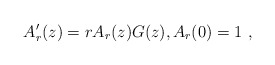
\begin{align*}A'_r(z) = r A_r(z)G(z), A_r(0)=1\ ,\end{align*}